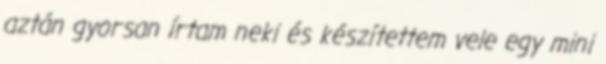
aztán gyorsan írtam neki és készítettem vele egy mini